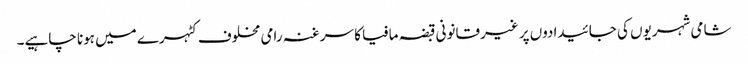
شامی شہریوں کی جائیدادوں پر غیرقانونی قبضہ مافیا کا سرغنہ رامی مخلوف کٹہرے میں ہونا چاہیے۔